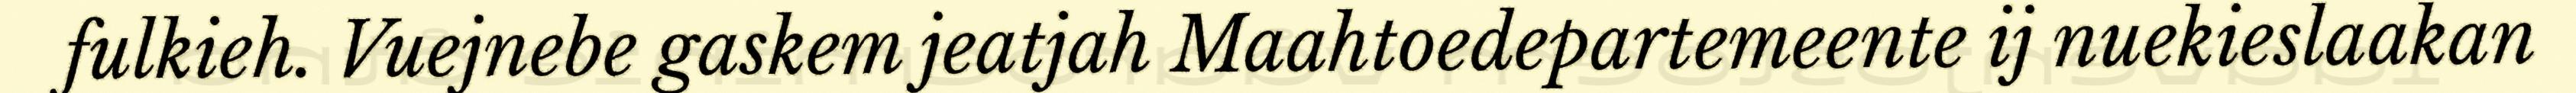
fulkieh. Vuejnebe gaskem jeatjah Maahtoedepartemeente ij nuekieslaakan